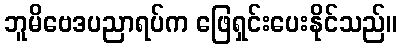
ဘူမိဗေဒပညာရပ်က ဖြေရှင်းပေးနိုင်သည်။